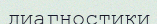
диагностики